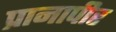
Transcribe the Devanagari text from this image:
प्रानापीर